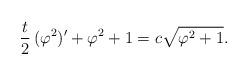
LaTeX: \begin{align*} \frac{t}{2} \,(\varphi ^2)' + \varphi ^2 + 1 = c \sqrt{\varphi ^2 + 1}.\end{align*}